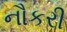
નૌકરી